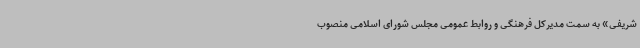
شریفی» به سمت مدیرکل فرهنگی و روابط عمومی مجلس شورای اسلامی منصوب